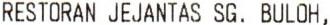
RESTORAN JEJANTAS SG. BULOH,